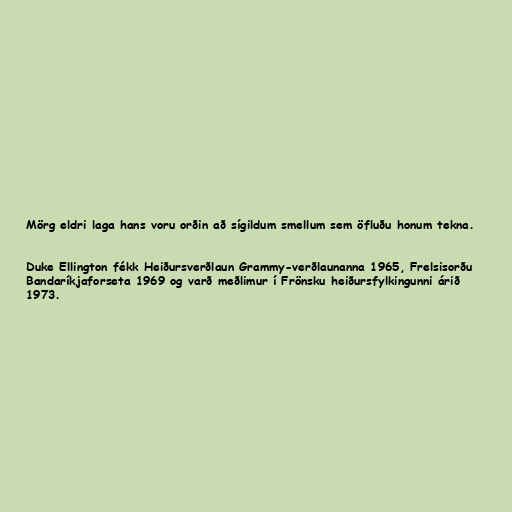
Mörg eldri laga hans voru orðin að sígildum smellum sem öfluðu honum tekna.

Duke Ellington fékk Heiðursverðlaun Grammy-verðlaunanna 1965, Frelsisorðu
Bandaríkjaforseta 1969 og varð meðlimur í Frönsku heiðursfylkingunni árið
1973.